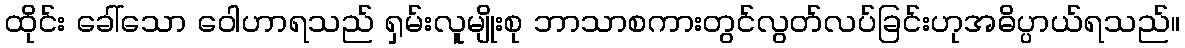
ထိုင်း ခေါ်သော ဝေါဟာရသည် ရှမ်းလူမျိုးစု ဘာသာစကားတွင်လွတ်လပ်ခြင်းဟုအဓိပ္ပာယ်ရသည်။